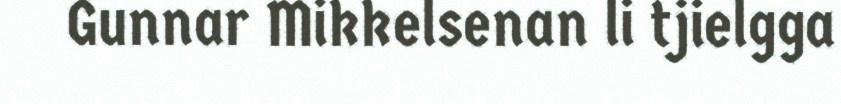
Gunnar Mikkelsenan li tjielgga